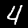
Label: 4